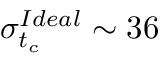
\sigma _ { t _ { c } } ^ { I d e a l } \sim 3 6